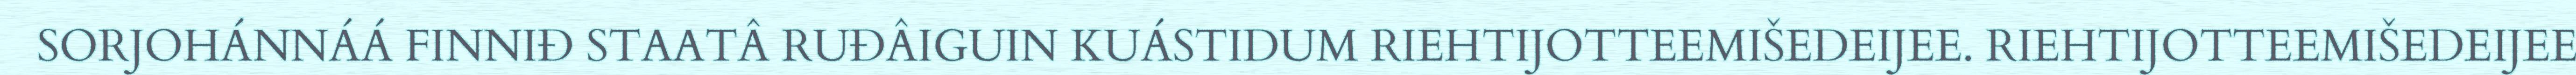
SORJOHÁNNÁÁ FINNIĐ STAATÂ RUĐÂIGUIN KUÁSTIDUM RIEHTIJOTTEEMIŠEDEIJEE. RIEHTIJOTTEEMIŠEDEIJEE